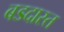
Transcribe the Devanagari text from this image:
बडदास्त